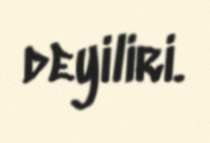
deyiliri.